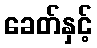
ခေတ်နှင့်